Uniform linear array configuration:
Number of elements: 16
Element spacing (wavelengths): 0.25
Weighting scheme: exponential
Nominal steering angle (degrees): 30
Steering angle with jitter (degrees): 31.25
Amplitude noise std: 0.05
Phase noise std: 0.05

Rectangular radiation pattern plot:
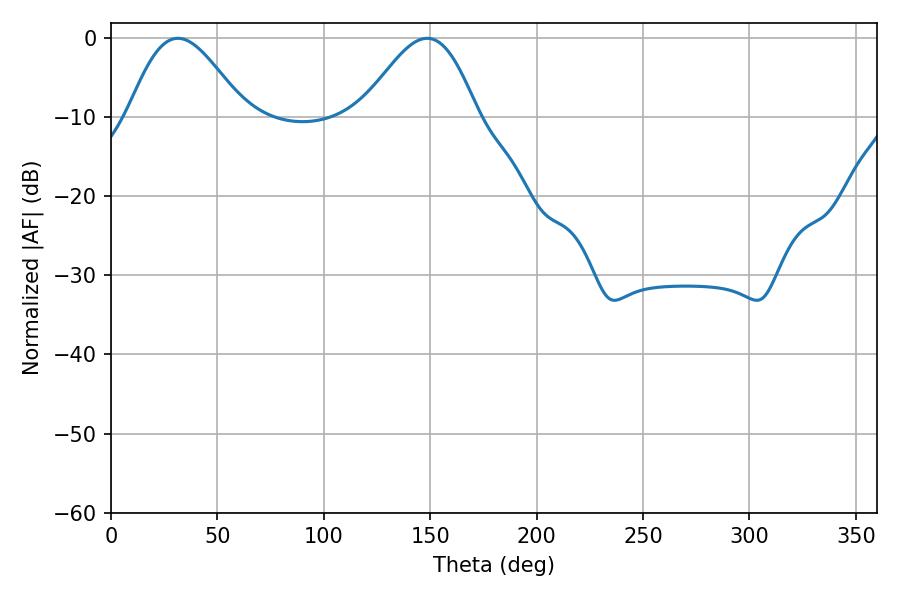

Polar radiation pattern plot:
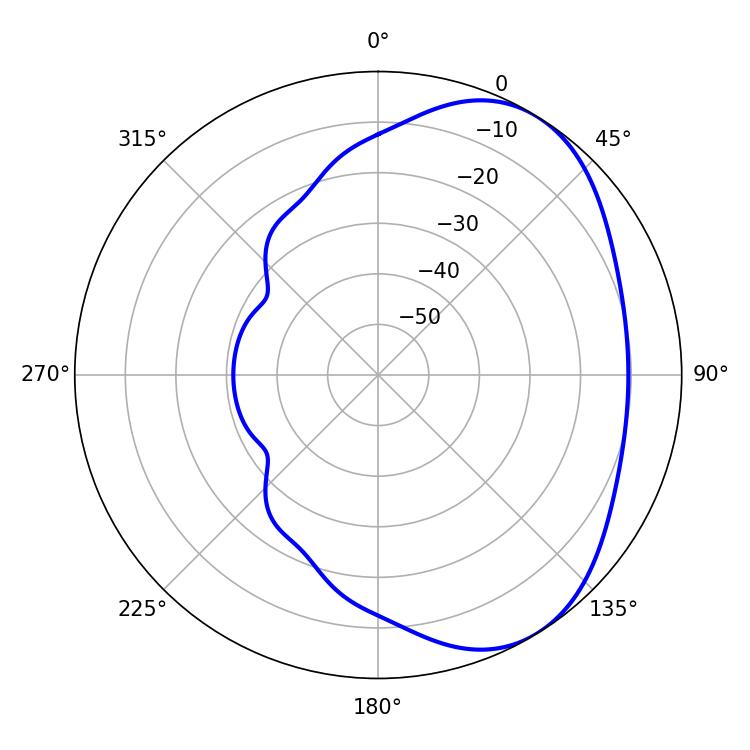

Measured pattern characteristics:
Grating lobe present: FALSE
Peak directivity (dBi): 4.628
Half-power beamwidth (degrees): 28.98
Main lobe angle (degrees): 31.5